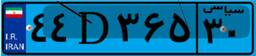
۷۹D۶۳۰۴۷